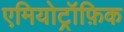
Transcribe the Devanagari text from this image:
एमियोट्रॉफ़िक